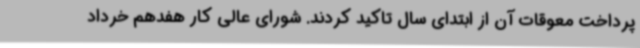
پرداخت معوقات آن از ابتدای سال تاکید کردند. شورای عالی کار هفدهم خرداد